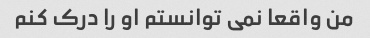
من واقعا نمی توانستم او را درک کنم